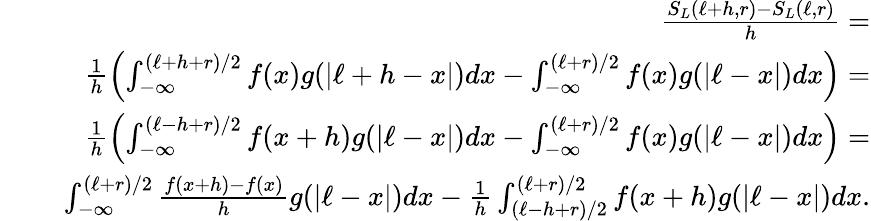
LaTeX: \begin{array}{rlr}&{~}&{\frac{S_{L}(\ell+h,r)-S_{L}(\ell,r)}{h}=}\\ &{~}&{\frac{1}{h}\left(\int_{-\infty}^{(\ell+h+r)/2}f(x)g(|\ell+h-x|)dx-\int_{-\infty}^{(\ell+r)/2}f(x)g(|\ell-x|)dx\right)=}\\ &{~}&{\frac{1}{h}\left(\int_{-\infty}^{(\ell-h+r)/2}f(x+h)g(|\ell-x|)dx-\int_{-\infty}^{(\ell+r)/2}f(x)g(|\ell-x|)dx\right)=}\\ &{~}&{\int_{-\infty}^{(\ell+r)/2}\frac{f(x+h)-f(x)}{h}g(|\ell-x|)dx-\frac{1}{h}\int_{(\ell-h+r)/2}^{(\ell+r)/2}f(x+h)g(|\ell-x|)dx.}\end{array}